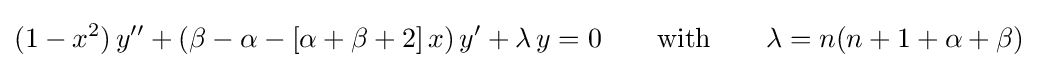
(1-x^{2})\,y''+(\beta -\alpha -[\alpha +\beta +2]\,x)\,y'+\lambda \,y=0\qquad {\text{with}}\qquad \lambda =n(n+1+\alpha +\beta )